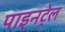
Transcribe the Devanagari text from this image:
पाइनट्रेल